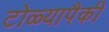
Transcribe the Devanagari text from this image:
टोळ्यापैकी